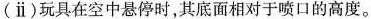
(ⅱ)玩具在空中悬停时，其底面相对于喷口的高度。